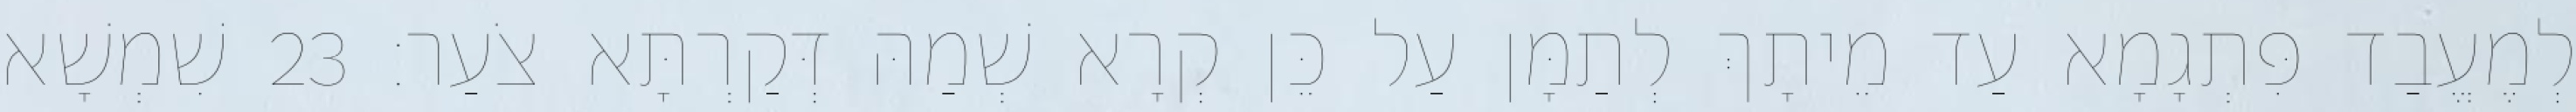
לְמֶעֱבַד פִּתְגָמָא עַד מֵיתָךְ לְתַמָּן עַל כֵּן קְרָא שְׁמַהּ דְּקַרְתָּא צֹעַר׃ 23 שִׁמְשָׁא